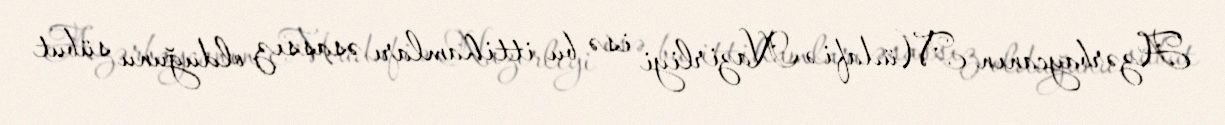
Azərbaycanın Müdafiə Nazirliyi isə bu ittihamları əsassız olduğunu sübut